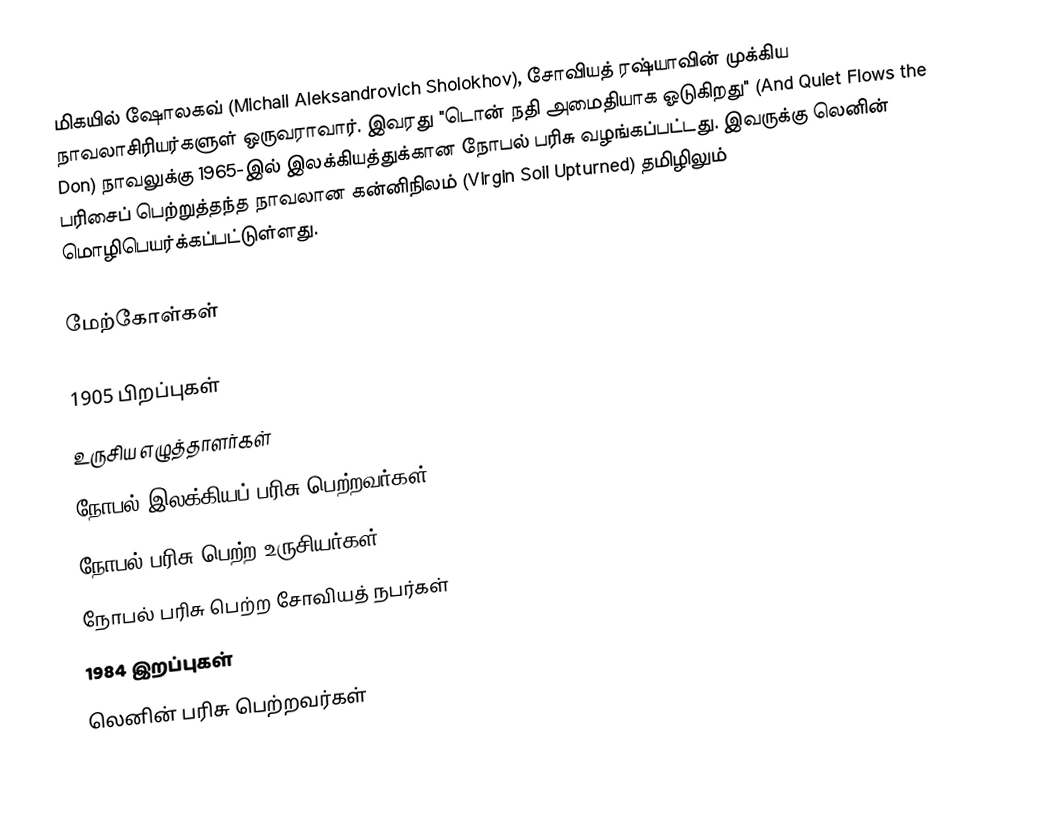
மிகயில் ஷோலகவ் (Michail Aleksandrovich Sholokhov), சோவியத் ரஷ்யாவின் முக்கிய நாவலாசிரியர்களுள் ஒருவராவார். இவரது "டொன் நதி அமைதியாக ஓடுகிறது" (And Quiet Flows the Don) நாவலுக்கு 1965-இல் இலக்கியத்துக்கான நோபல் பரிசு வழங்கப்பட்டது. இவருக்கு லெனின் பரிசைப் பெற்றுத்தந்த நாவலான கன்னிநிலம் (Virgin Soil Upturned) தமிழிலும் மொழிபெயர்க்கப்பட்டுள்ளது.

மேற்கோள்கள்

1905 பிறப்புகள்
உருசிய எழுத்தாளர்கள்
நோபல் இலக்கியப் பரிசு பெற்றவர்கள்
நோபல் பரிசு பெற்ற உருசியர்கள்
நோபல் பரிசு பெற்ற சோவியத் நபர்கள்
1984 இறப்புகள்
லெனின் பரிசு பெற்றவர்கள்